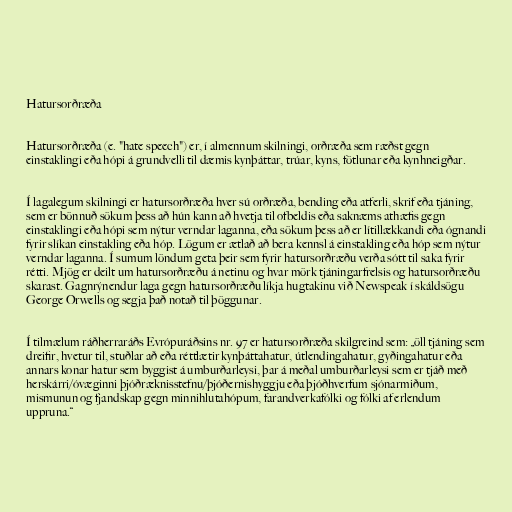
Hatursorðræða

Hatursorðræða (e. "hate speech") er, í almennum skilningi, orðræða sem ræðst gegn
einstaklingi eða hópi á grundvelli til dæmis kynþáttar, trúar, kyns, fötlunar eða kynhneigðar.

Í lagalegum skilningi er hatursorðræða hver sú orðræða, bending eða atferli, skrif eða tjáning,
sem er bönnuð sökum þess að hún kann að hvetja til ofbeldis eða saknæms athæfis gegn
einstaklingi eða hópi sem nýtur verndar laganna, eða sökum þess að er lítillækkandi eða ógnandi
fyrir slíkan einstakling eða hóp. Lögum er ætlað að bera kennsl á einstakling eða hóp sem nýtur
verndar laganna. Í sumum löndum geta þeir sem fyrir hatursorðræðu verða sótt til saka fyrir
rétti. Mjög er deilt um hatursorðræðu á netinu og hvar mörk tjáningarfrelsis og hatursorðræðu
skarast. Gagnrýnendur laga gegn hatursorðræðu líkja hugtakinu við Newspeak í skáldsögu
George Orwells og segja það notað til þöggunar.

Í tilmælum ráðherraráðs Evrópuráðsins nr. 97 er hatursorðræða skilgreind sem: „öll tjáning sem
dreifir, hvetur til, stuðlar að eða réttlætir kynþáttahatur, útlendingahatur, gyðingahatur eða
annars konar hatur sem byggist á umburðarleysi, þar á meðal umburðarleysi sem er tjáð með
herskárri/óvæginni þjóðræknisstefnu/þjóðernishyggju eða þjóðhverfum sjónarmiðum,
mismunun og fjandskap gegn minnihlutahópum, farandverkafólki og fólki af erlendum
uppruna.“